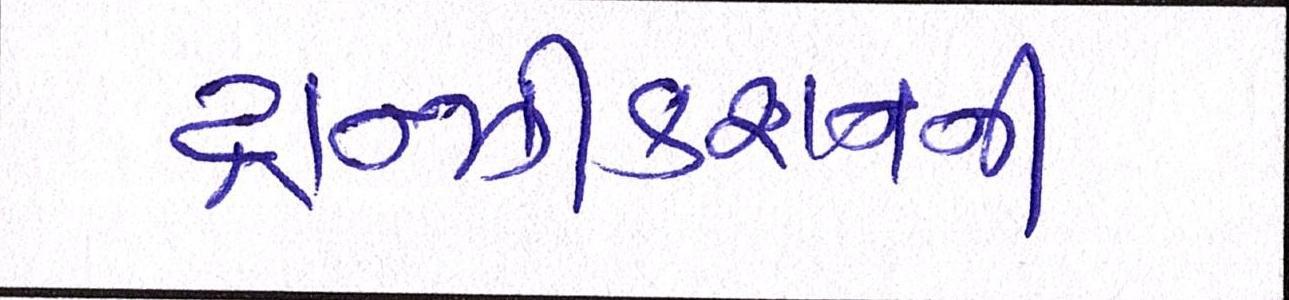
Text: ટ્રાન્ઝીકશનની